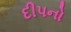
દીપનો